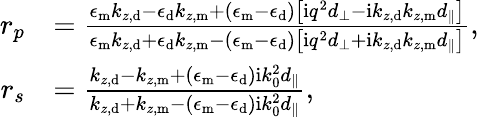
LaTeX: \begin{array}{rl}{r_{p}}&{=\frac{\epsilon_{\mathrm{m}}k_{z,\mathrm{d}}-\epsilon_{\mathrm{d}}k_{z,\mathrm{m}}+(\epsilon_{\mathrm{m}}-\epsilon_{\mathrm{d}})\left[\mathrm{i}q^{2}d_{\perp}-\mathrm{i}k_{z,\mathrm{d}}k_{z,\mathrm{m}}d_{\parallel}\right]}{\epsilon_{\mathrm{m}}k_{z,\mathrm{d}}+\epsilon_{\mathrm{d}}k_{z,\mathrm{m}}-(\epsilon_{\mathrm{m}}-\epsilon_{\mathrm{d}})\left[\mathrm{i}q^{2}d_{\perp}+\mathrm{i}k_{z,\mathrm{d}}k_{z,\mathrm{m}}d_{\parallel}\right]},}\\ {r_{s}}&{=\frac{k_{z,\mathrm{d}}-k_{z,\mathrm{m}}+(\epsilon_{\mathrm{m}}-\epsilon_{\mathrm{d}})\mathrm{i}k_{0}^{2}d_{\parallel}}{k_{z,\mathrm{d}}+k_{z,\mathrm{m}}-(\epsilon_{\mathrm{m}}-\epsilon_{\mathrm{d}})\mathrm{i}k_{0}^{2}d_{\parallel}},}\end{array}